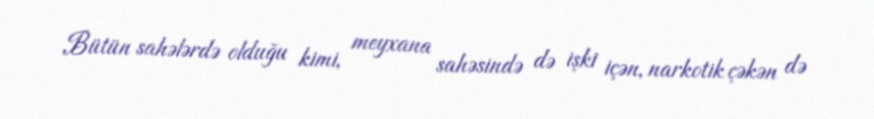
Bütün sahələrdə olduğu kimi, meyxana sahəsində də işki içən, narkotik çəkən də